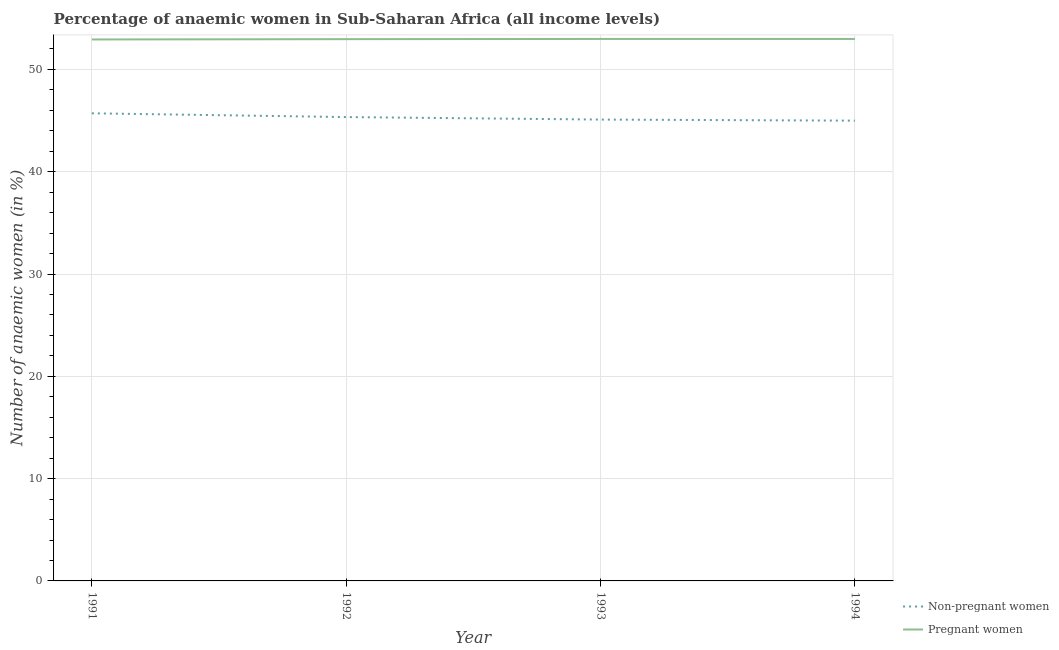
| Year | Non-pregnant women | Pregnant women |
 | --- | --- | --- |
 | 1991 | 45.7 | 52.9 |
 | 1992 | 45.3 | 53 |
 | 1993 | 45.1 | 53 |
 | 1994 | 45 | 53 |